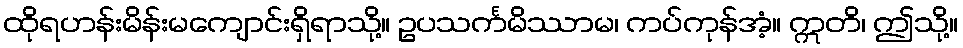
ထိုရဟန်းမိန်းမကျောင်းရှိရာသို့။ ဥပသင်္ကမိဿာမ၊ ကပ်ကုန်အံ့။ ဣတိ၊ ဤသို့။